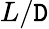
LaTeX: L/\mathtt{D}